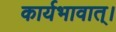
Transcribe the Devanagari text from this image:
कार्यभावात्।